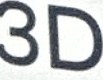
3D